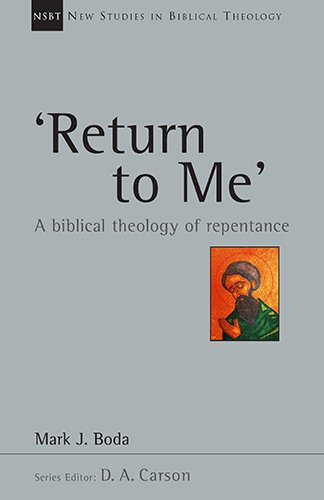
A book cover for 'Return To Me': A Biblical Theology of Repentance (New Studies in Biblical Theology); Mark J. Boda; Christian Books & Bibles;